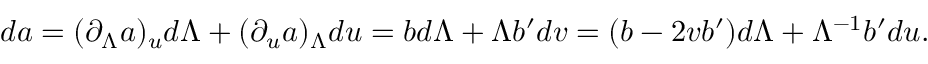
d a = ( \partial _ { \Lambda } a ) _ { u } d \Lambda + ( \partial _ { u } a ) _ { \Lambda } d u = b d \Lambda + \Lambda b ^ { \prime } d v = ( b - 2 v b ^ { \prime } ) d \Lambda + \Lambda ^ { - 1 } b ^ { \prime } d u .